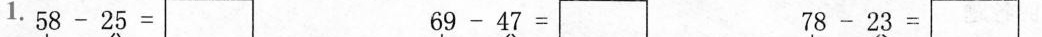
1.$$ 58-25 = $$ $$ 69-47= $$ $$ 78-23 = $$